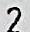
2